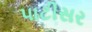
પાટીસર